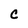
Character: C